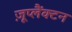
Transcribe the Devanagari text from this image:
ज़ूप्लैंक्टन